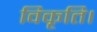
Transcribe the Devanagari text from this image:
विकृति।